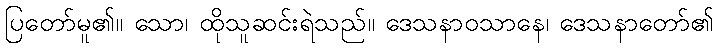
ပြတော်မူ၏။ သော၊ ထိုသူဆင်းရဲသည်။ ဒေသနာဝသာနေ၊ ဒေသနာတော်၏